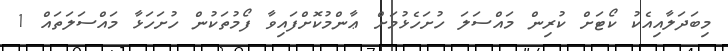
މިބަދަލާއިއެކު ކޯޓަށް ކުރިން މައްސަލަ ހުށަހެޅުމަށް ޢާންމުކޮށްފަައިވާ ފޯމުތަކުން ހުށަހަޅާ މައްސަލަތައް 1